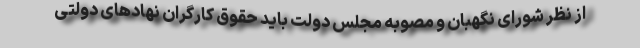
از نظر شورای نگهبان و مصوبه مجلس دولت باید حقوق کارگران نهادهای دولتی